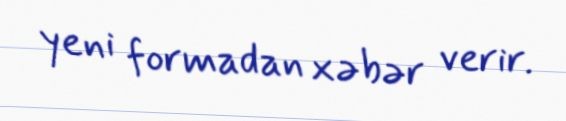
yeni formadan xəbər verir.